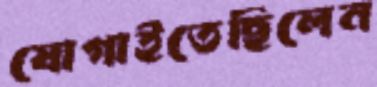
যোগাইতেছিলেন